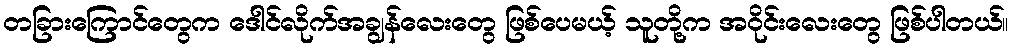
တခြားကြောင်တွေက ဒေါင်လိုက်အချွန်လေးတွေ ဖြစ်ပေမယ့် သူတို့က အဝိုင်းလေးတွေ ဖြစ်ပါတယ်။